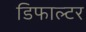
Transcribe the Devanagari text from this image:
डिफाल्टर